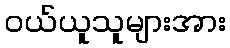
ဝယ်ယူသူများအား